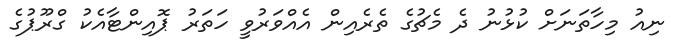
ނިއު މިހާތަނަށް ކުޅުނު ދެ މެޗުގެ ތެރެއިން އެއްވަރުވީ ހަތަރު ޕޮއިންޓާއެކު ގްރޫޕުގެ